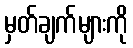
မှတ်ချက်များကို